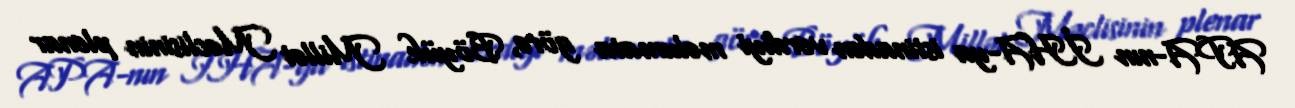
APA-nın İHA-ya istinadən verdiyi məlumata görə, Böyük Millət Məclisinin plenar